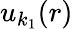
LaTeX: u_{k_{1}}(r)